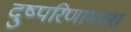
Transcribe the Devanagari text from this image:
दुष्परिणामवश